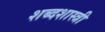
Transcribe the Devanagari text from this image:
शब्दशास्त्री